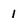
Character: 1